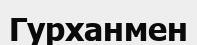
Гурханмен